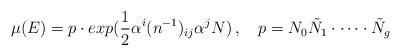
LaTeX: \begin{align*}\mu(E) = p\cdot exp( \frac{1}{2}\alpha^{i}(n^{-1})_{ij} \alpha^{j} N) \, , \quad p=N_{0}\tilde N_{1}\cdot \dots \cdot \tilde N_{g}\end{align*}